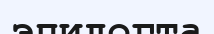
эпилогта